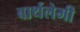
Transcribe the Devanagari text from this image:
बार्थलेमी